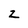
Character: z